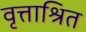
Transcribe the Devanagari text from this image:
वृत्ताश्रित